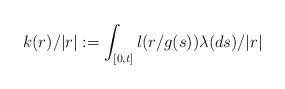
LaTeX: \begin{align*}k(r)/|r|:=\int_{[0,t]}l(r/g(s))\lambda(ds)/|r|\end{align*}